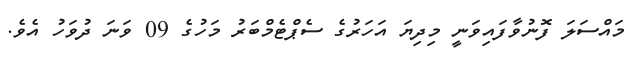
މައްސަލަ ފޮނުވާފައިވަނީ މިދިޔަ އަހަރުގެ ސެޕްޓެމްބަރު މަހުގެ 09 ވަނަ ދުވަހު އެވެ.